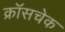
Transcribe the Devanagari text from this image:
क्रॉसचेक